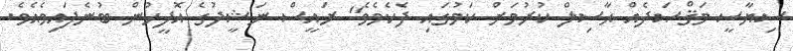
ސިޔާސީ މަޤްޞަދެއް ޙާސިލް ކުރުމަށް ކަމުގައި ދެކެމެވެ" ރައީސް ނަޝީދުގެ އޮފީހުން ބުނެފައިވެއެވެ.